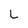
Character: L